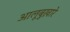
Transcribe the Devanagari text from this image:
आलूबुख़ारे